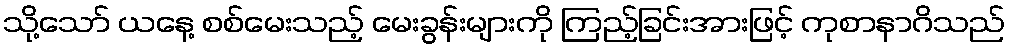
သို့သော် ယနေ့ စစ်မေးသည့် မေးခွန်းများကို ကြည့်ခြင်းအားဖြင့် ကုစာနာဂိသည်